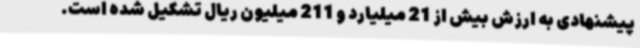
پیشنهادی به ارزش بیش از 21 میلیارد و 211 میلیون ریال تشکیل شده است.